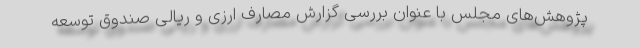
پژوهش‌های مجلس با عنوان بررسی گزارش مصارف ارزی و ریالی صندوق توسعه